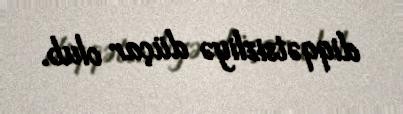
diqqətsizliyə düçar olub.